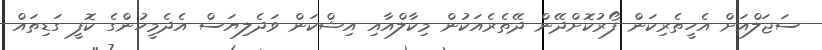
ސަޖަލްއަށް އެހީތެރިކަން ފޯރުކޮށްދޭން ދޭތެރެއަކުން މިކާލްއާއި އިޝްކަން ވަދެލިޔަސް އެދެމީހުންގެ ކޮފީ ގަޑިތައް